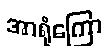
အာရုံကြော